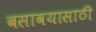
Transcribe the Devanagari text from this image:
बसावयासाठी